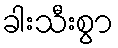
ခါးသီးစွာ